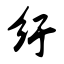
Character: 纡